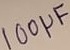
Text: 100µF